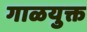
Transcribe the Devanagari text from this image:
गाळयुक्त